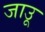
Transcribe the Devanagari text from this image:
जाउू